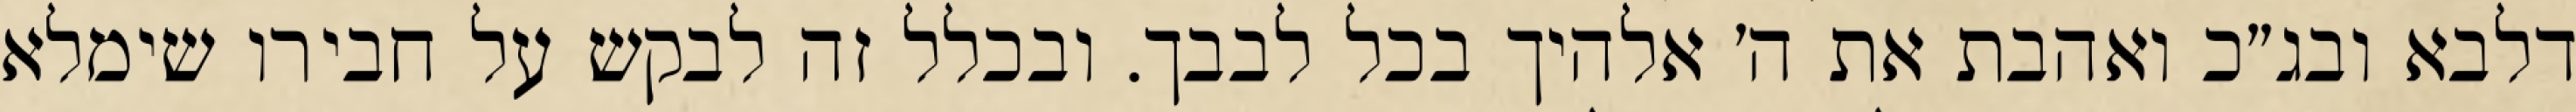
דלבא ובג״כ ואהבת את ה׳ אלהיך בכל לבבך. ובכלל זה לבקש על חבירו שימלא